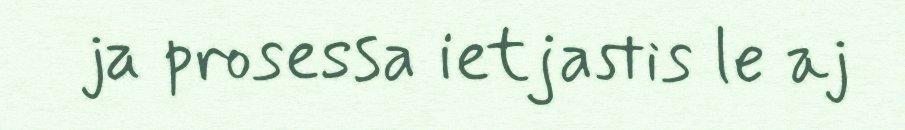
ja prosessa ietjastis le aj